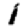
Digit: 1